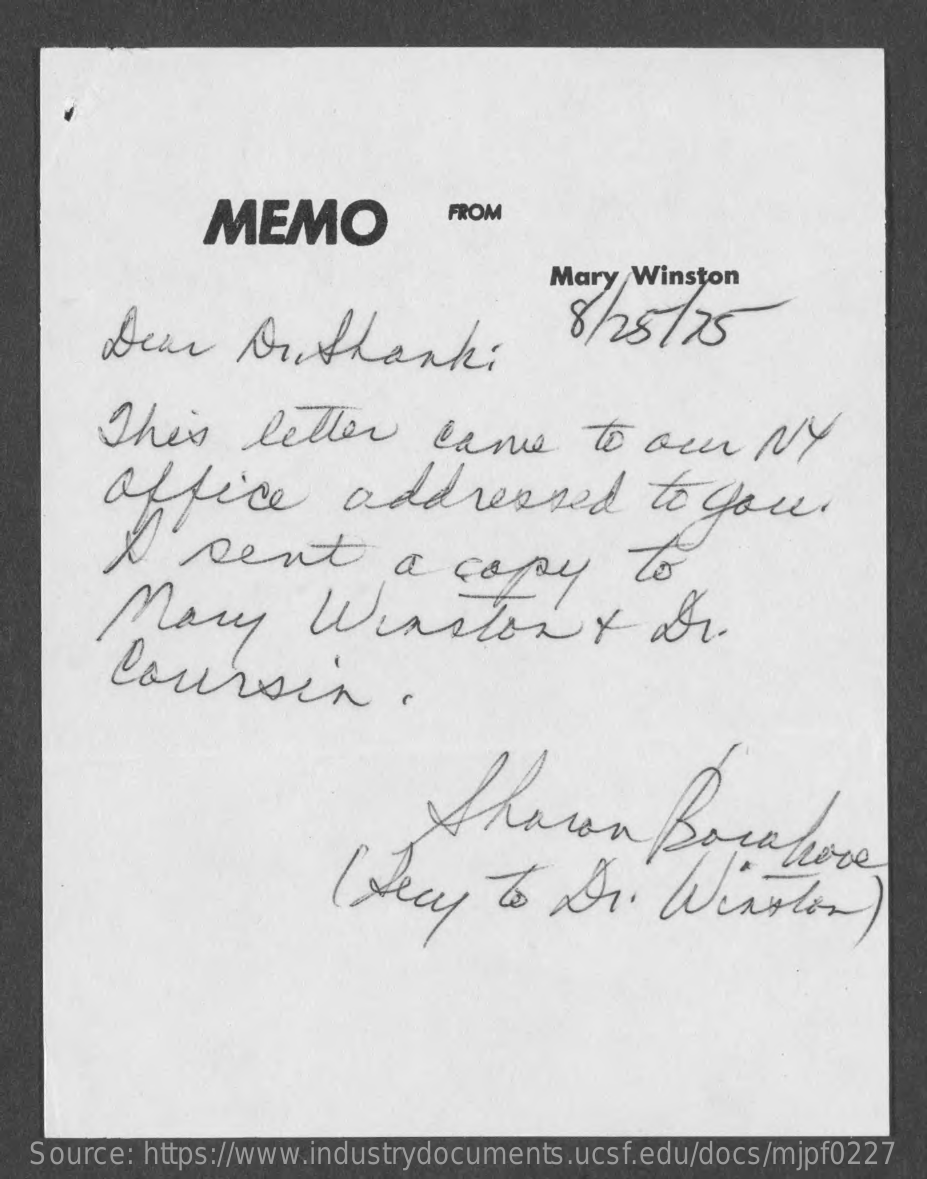
MEMO    FROM
     Mary Winston
     Dear    Dr.thanks    8/28775
     This    letter    came    to   own    NY
     Office    addressed    to  you.
     I   rent    a   copy    to.
     Mary    Winstonx    Dr.
     Coursin.
     Sharon    Borabove
     ( Lecy    to  Dr.    Winston)
   Source: https://www.industrydocuments.ucsf.edu/docs/mjpf0227